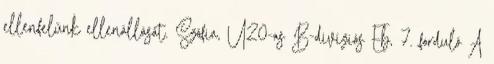
ellenfelünk ellenállását. Szófia, U20-as B-divíziós Eb, 7. forduló A